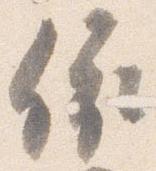
依